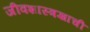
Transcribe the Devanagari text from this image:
जीवशास्त्रज्ञाची